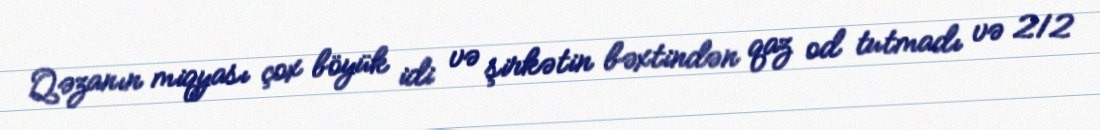
Qəzanın miqyası çox böyük idi və şirkətin bəxtindən qaz od tutmadı və 212